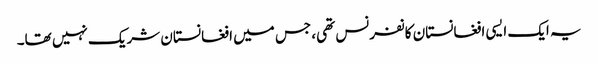
یہ ایک ایسی افغانستان کانفرنس تھی، جس میں افغانستان شریک نہیں تھا۔